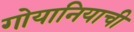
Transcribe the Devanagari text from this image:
गोयानियाची